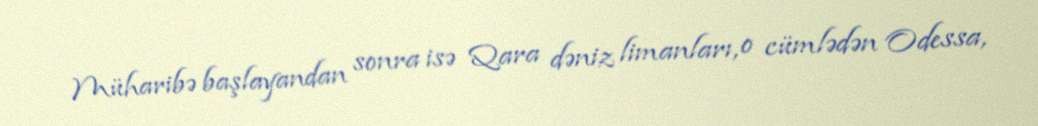
Müharibə başlayandan sonra isə Qara dəniz limanları, o cümlədən Odessa,